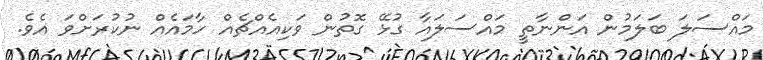
މައްސަލަ ބަލަމުން އަންނާތީ މައްސަލައާ ގުޅޭ ގޮތުން ވަކިއެއްޗެއް ހާމައެއް ނުކުރަށްވަ އެވެ.